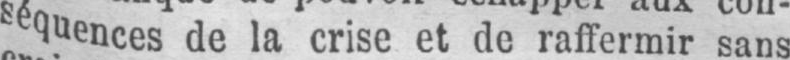
sequences de la crise et de raffermir sans